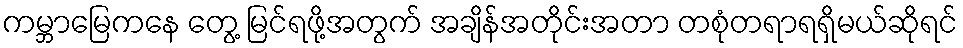
ကမ္ဘာမြေကနေ တွေ့ မြင်ရဖို့အတွက် အချိန်အတိုင်းအတာ တစုံတရာရရှိမယ်ဆိုရင်